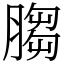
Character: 䐢